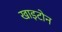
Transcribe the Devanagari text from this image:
खाइटोन